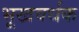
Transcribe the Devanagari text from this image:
भूखवर्धक